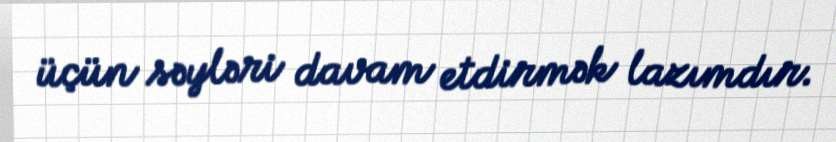
üçün səyləri davam etdirmək lazımdır.